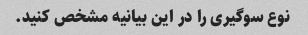
نوع سوگیری را در این بیانیه مشخص کنید.